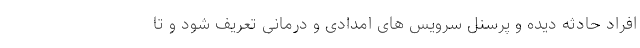
افراد حادثه دیده و پرسنل سرویس های امدادی و درمانی تعریف شود و تا